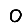
Digit: 0